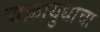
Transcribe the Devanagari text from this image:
चक्रायुधाचा